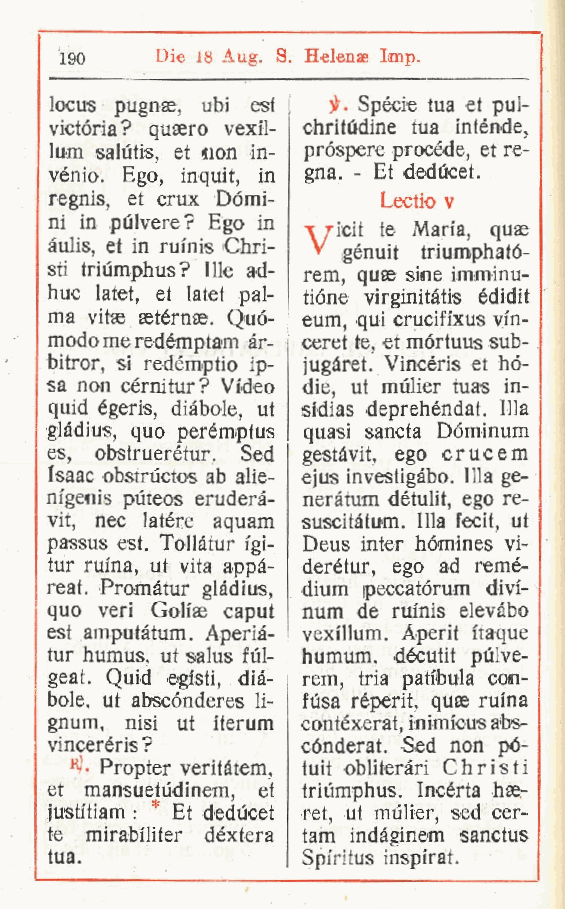
190   Die 18 Aug. S. Helenae Imp.
 locus pugnse ubi est ir. Spècie tua et pul-
 ,
 Victoria? quaero vexfi- chritùdine tua intènde,
 lum salùtis et t\on in- pròspere procède, et re-
 ,
 vénio. Ego, inquit, in gna. - Et deducet.
 regnis et crux Domi-  Lectio v
 ,
 ni in pulvere? Ego in
 \/icit te Maia, quae
 àulis, et in rufnis Chri- » igénuit triumpható-
 sti triumphus? Ille ad- rem, quae siine imminu-
 huc latet et latet pal- tióne virginitàtis édidit
 ,
 ma vitae aetérnae. Quó- eum, qui crucifixus vi'n-
 modo me redémptam àr- ceret te, et mórtuus sub-
 bitror si redémptio ip- jugàret. Vincèris et hó-
 ,
 sa non cérnitur? Video die, ut mùlier tuas in-
 quid égeris, diàbole, ut sfdias deprehéndat. Illa
 glàdius, quo perémptus quasi sancta Dóminum
 es, obstruerétur. Sed gestàvit, ego crucem
 Isaac obstrùctos ab alie- ejus investigàbo. Illa ge-
 nfgenis puteos eruderà- neràtum dètulit, ego re-
 vit, nec latóre aquam suscitàtum. Illa fecit, ut
 passus est. Tollàtur igi- Deus inter hómines vi-
 tur ruma, ut vita appà- derètur, ego ad remè-
 reat. Promàtur glàdius dium peccatórum divi-
 ,
 quo veri Colise caput num de rm'nis elevàbo
 est amputàtum. Aperià- vexfllum. Aperit itaque
 tur humus ut salus fùl- humum, décutit pùlve-
 ,
 geat. Quid ©gisti, dià- rem, tria patibula con-
 bole, ut abscónderes li- fusa rèperit, quae ruina
 gnum, nisi ut iterum contèxerat, inimicus abs-
 vinceréris ?     cónderat. Sed non pó-
 "J Propter veritàtem, tuit obliteràri Chris ti
 -
 et mansuetùdinem et triumphus. Incèrta hse-
 justitiam : * Et ded,ùcet ret, ut mùlier, sed cer-
 te mirabfliter déxtera tam indàginem sanctus
 tua.             Spiritus inspirat.
 r